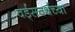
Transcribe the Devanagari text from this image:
वर्ड्‌सवर्थच्या